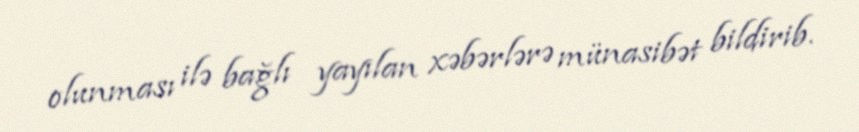
olunması ilə bağlı yayılan xəbərlərə münasibət bildirib.